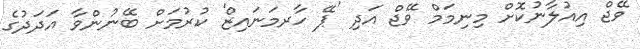
ވޭޖް އިއުލާނުކޮށް މިނިމަމް ވޭޖް އަދި 'ޕޭ ހާރމަނައިޒް' ކުރުމަށް ބޭނުންވާ އަދަދުގެ